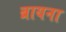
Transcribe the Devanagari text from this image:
ब्रायना